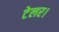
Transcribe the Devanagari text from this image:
टेलर।